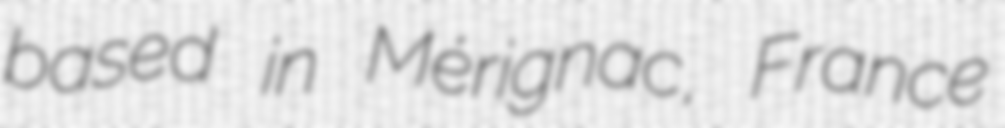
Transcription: based in Mérignac, France